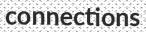
connections